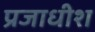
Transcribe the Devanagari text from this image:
प्रजाधीश